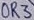
Text: OR3